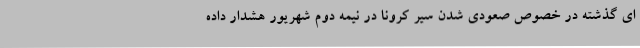
‌ای گذشته در خصوص صعودی شدن سیر کرونا در نیمه دوم شهریور هشدار داده